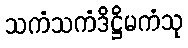
သကံသကံဒိဋ္ဌိမကံသု